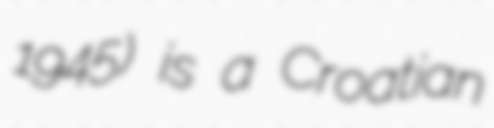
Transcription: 1945) is a Croatian